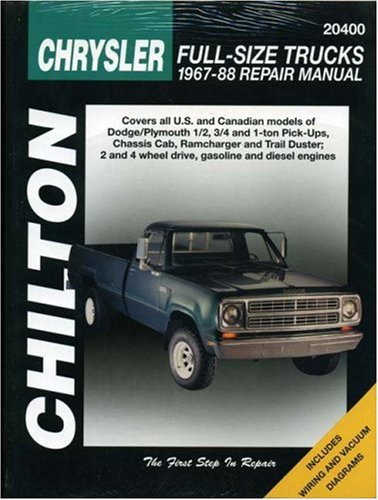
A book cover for Chrysler Full-Size Trucks, 1967-88 (Chilton Total Car Care Series Manuals); Chilton; Engineering & Transportation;